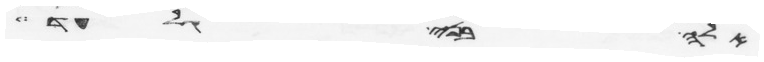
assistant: אלה בני גלעד